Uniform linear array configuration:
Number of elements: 48
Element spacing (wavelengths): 0.5
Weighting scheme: hamming
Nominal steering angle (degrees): -45
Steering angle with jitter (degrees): -44.592
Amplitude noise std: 0.05
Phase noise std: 0.05

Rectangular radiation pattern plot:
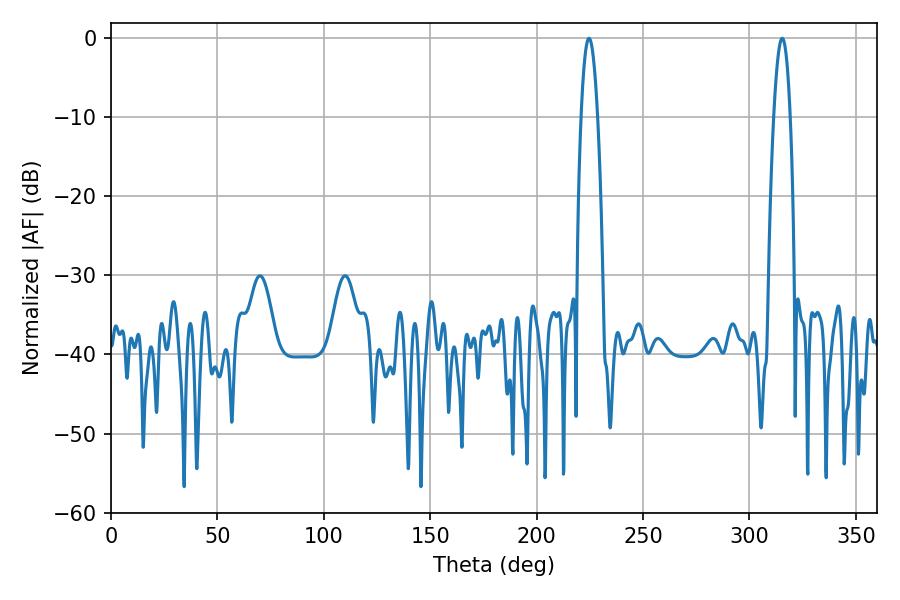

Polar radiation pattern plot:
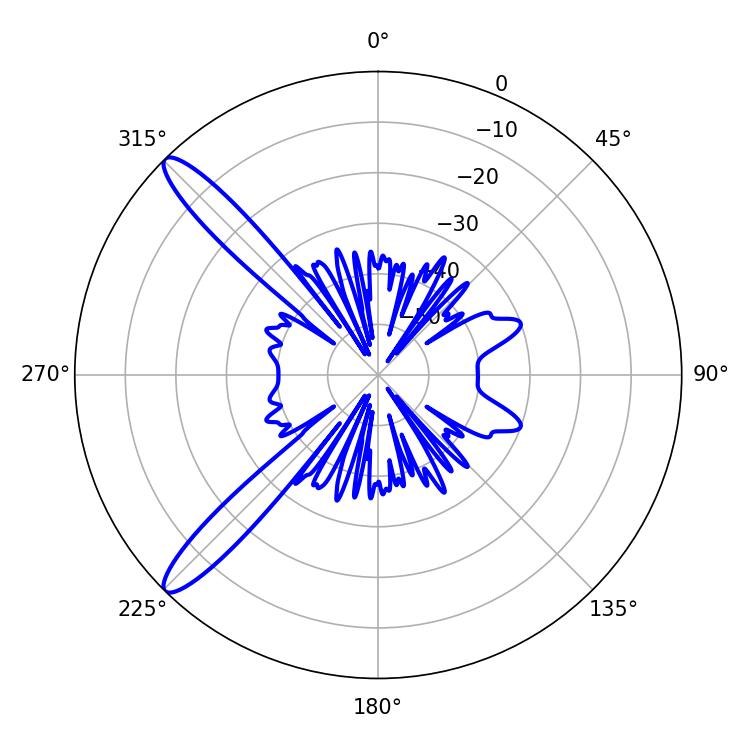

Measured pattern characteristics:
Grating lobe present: FALSE
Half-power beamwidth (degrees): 4.32
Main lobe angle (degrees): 315.36